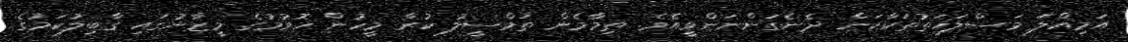
އަމިއްލަ މަސްލަހަތުތަކާކަން ދެނެގަންނަންވީއެވެ. ތިމާމެން ތަމްސީލު ކުރާ މީހުން ހޮވުމުގެ މީޒާނުގައި ގާބިލުކަމުގެ